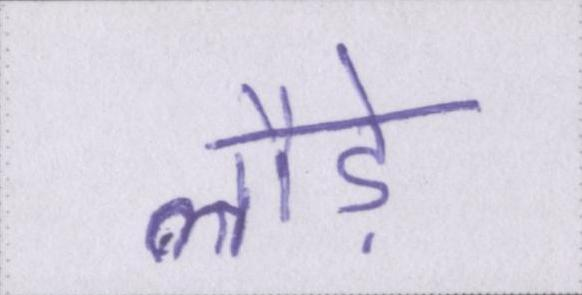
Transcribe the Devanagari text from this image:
लौड़े